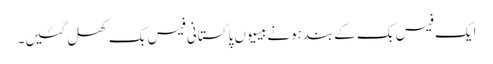
ایک فیس بک کےبندہونےبیسیوں پاکستانی فیس بک کھل گئیں۔